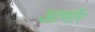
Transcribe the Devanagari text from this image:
आर्मोर